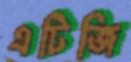
এটিজি